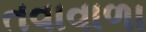
તવાવાળા